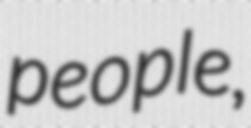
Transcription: people,